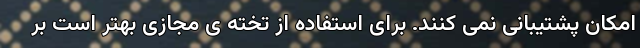
امکان پشتیبانی نمی کنند. برای استفاده از تخته ی مجازی بهتر است بر